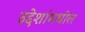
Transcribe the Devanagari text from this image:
उद्देशांमधील